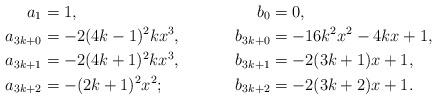
LaTeX: \begin{align*}a_{1}&=1, & b_{0}&=0 , \\a_{3k+0} &=-2(4k - 1)^2kx^3, & b_{3k+0} &= -16k^2x^2 - 4kx + 1 , \\a_{3k+1} &=-2(4k + 1)^2kx^3, & b_{3k+1} &= -2(3k + 1)x + 1 , \\a_{3k+2} &=-(2k + 1)^2x^2; & b_{3k+2} &= -2(3k + 2)x + 1 . \end{align*}